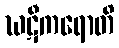
ဃဋီကရောတိ